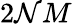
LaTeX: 2\mathcal{N}M